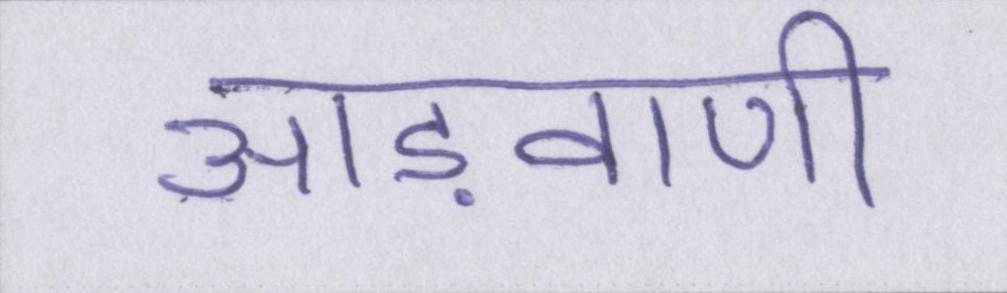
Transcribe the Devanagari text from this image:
आड़वाणी